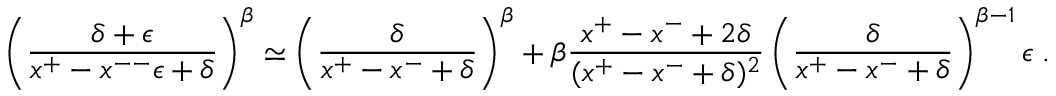
\left( \frac { \delta + \epsilon } { x ^ { + } - x ^ { -- } \epsilon + \delta } \right) ^ { \beta } \simeq \left( \frac { \delta } { x ^ { + } - x ^ { - } + \delta } \right) ^ { \beta } + \beta \frac { x ^ { + } - x ^ { - } + 2 \delta } { ( x ^ { + } - x ^ { - } + \delta ) ^ { 2 } } \left( \frac { \delta } { x ^ { + } - x ^ { - } + \delta } \right) ^ { \beta - 1 } \epsilon \; .